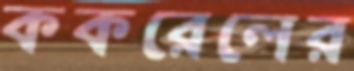
ককরেলের